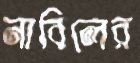
নাবিলের